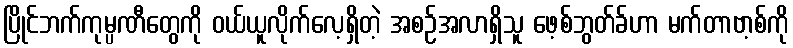
ပြိုင်ဘက်ကုမ္ပဏီတွေကို ဝယ်ယူလိုက်လေ့ရှိတဲ့ အစဉ်အလာရှိသူ ဖေ့စ်ဘွတ်ခ်ဟာ မက်တာဗာ့စ်ကို